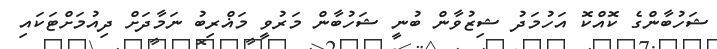
ޝަހުބާންގެ ކޮއްކޮ އަހުމަދު ޝިޒުވާން ބުނީ ޝަހުބާން މަރުވީ މަޣްރިބު ނަމާދަށް ދިއުމަށްޓަކައި